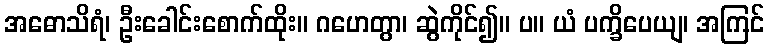
အဓောသိရံ၊ ဦးခေါင်းစောက်ထိုး။ ဂဟေတွာ၊ ဆွဲကိုင်၍။ ပ။ ယံ ပက္ခိပေယျ၊ အကြင်